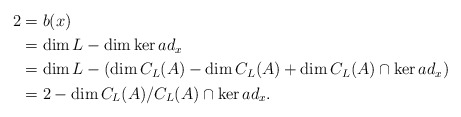
\begin{align*}2&=b(x)\cr&=\dim L-\dim \ker ad_{x}\cr& =\dim L-(\dim C_{L}(A)-\dim C_{L}(A)+\dim C_{L}(A)\cap \ker ad_{x})\cr&=2-\dim C_{L}(A)/ C_{L}(A)\cap \ker ad_{x}.\end{align*}